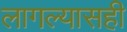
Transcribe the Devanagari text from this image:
लागल्यासही